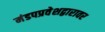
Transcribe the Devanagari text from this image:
मंडपप्रवेशद्वारावर